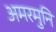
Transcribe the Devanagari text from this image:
अमरमुनि